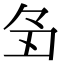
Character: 𬻑